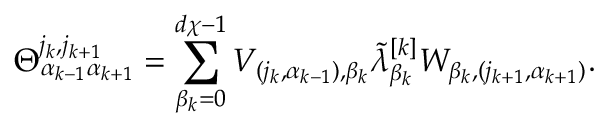
\Theta _ { \alpha _ { k - 1 } \alpha _ { k + 1 } } ^ { j _ { k } , j _ { k + 1 } } = \sum _ { \beta _ { k } = 0 } ^ { d \chi - 1 } V _ { ( j _ { k } , \alpha _ { k - 1 } ) , \beta _ { k } } \Tilde { \lambda } _ { \beta _ { k } } ^ { [ k ] } W _ { \beta _ { k } , ( j _ { k + 1 } , \alpha _ { k + 1 } ) } .